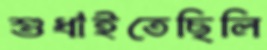
শুধাইতেছিলি